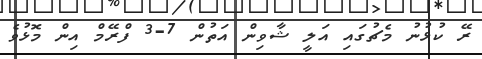
ރޭ ކުޅުނު މެޗުގައި އަލީ ޝާވިން އަތުން 7-3 ފްރޭމް އިން މޮޅުވެ